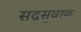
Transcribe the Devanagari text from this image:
सद्सुवाक